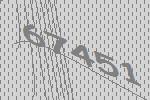
67451